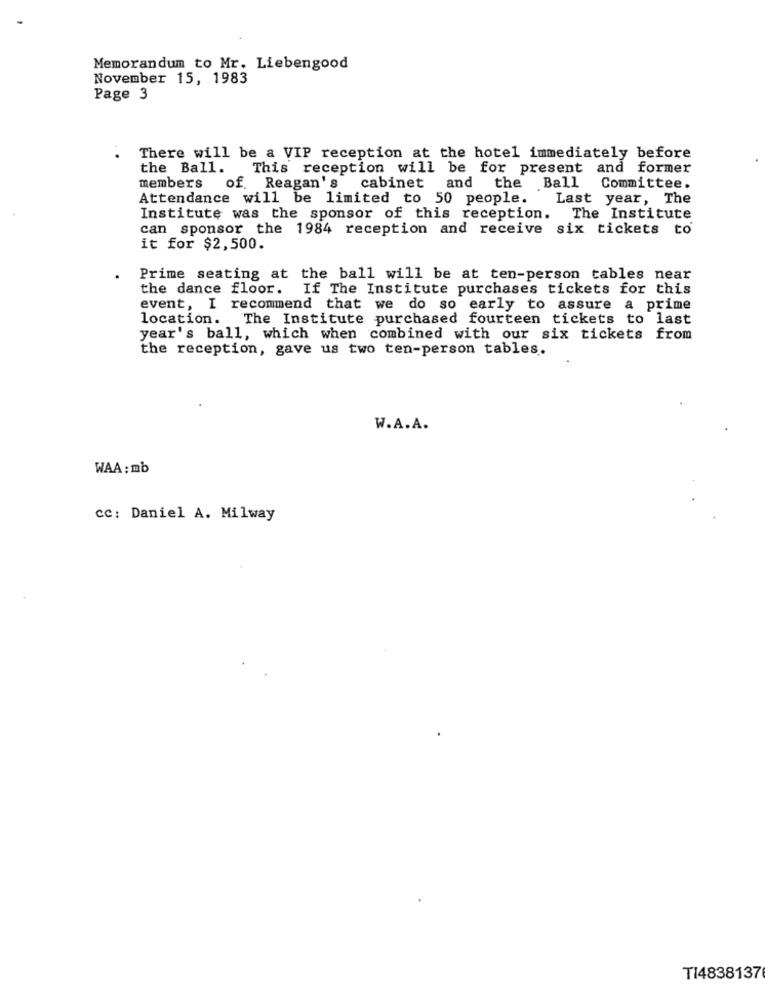
Memorandum to Mr. Liebengood
November 15, 1983
Page 3
There will be a VIP reception at the hotel immediately before
the Ball. This reception will be for present and former
members of. Reagan's
cabinet and the Ball Committee.
Attendance will be limited to 50 people.
Last year, The
Institute was the sponsor of this reception. The Institute
can sponsor the 1984 reception and receive six tickets to
it for $2,500.
Prime seating at the ball will be at ten-person tables near
the dance floor. If The Institute purchases tickets for this
event, I recommend that we do so early to assure a prime
location. The Institute purchased fourteen tickets to last
year's ball, which when combined with our six tickets from
the reception, gave us two ten-person tables.
W.A.A.
WAA: mb
cc: Daniel A. Milway
TI4838137